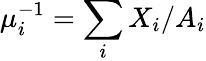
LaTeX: \mu_{i}^{-1}=\sum_{i}X_{i}/A_{i}